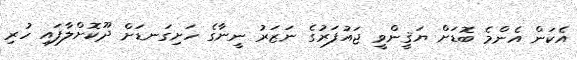
އެކަން އެންމެ ބޮޑަށް ޔަޤީންވީ ޖައުފަރުގެ ނަޒަރު ނީނާގެ ހަށިގަނޑަށް ދޫކޮށްލާފައި ހުރި